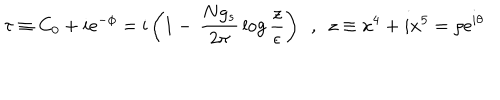
\tau \equiv C _ { 0 } + i \mathrm { e } ^ { - \phi } = \mathrm { i } \left( 1 - \, \frac { N g _ { s } } { 2 \pi } \, \log \frac { z } { \epsilon } \right) ~ ~ , ~ ~ z \equiv x ^ { 4 } + i x ^ { 5 } = \rho \mathrm { e } ^ { i \theta }